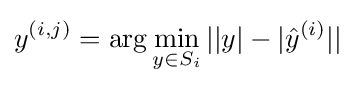
y^{(i,j)}=\arg \min _{y\in S_{i}}||y|-|{\hat {y}}^{(i)}||